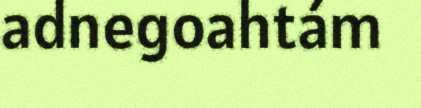
adnegoahtám